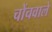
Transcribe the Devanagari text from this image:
चोंचवाले